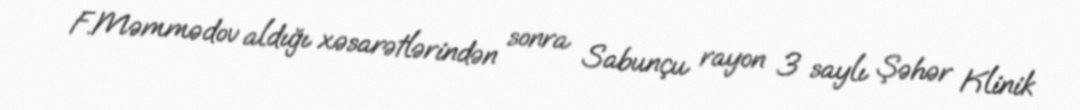
F.Məmmədov aldığı xəsarətlərindən sonra Sabunçu rayon 3 saylı Şəhər Klinik